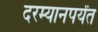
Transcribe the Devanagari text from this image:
दरम्यानपर्यंत